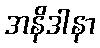
အနိဒါနာ